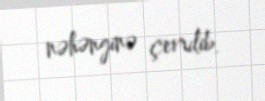
nəhənginə çevrilib.